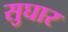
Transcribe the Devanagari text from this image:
सुघार